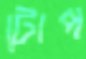
টোপ